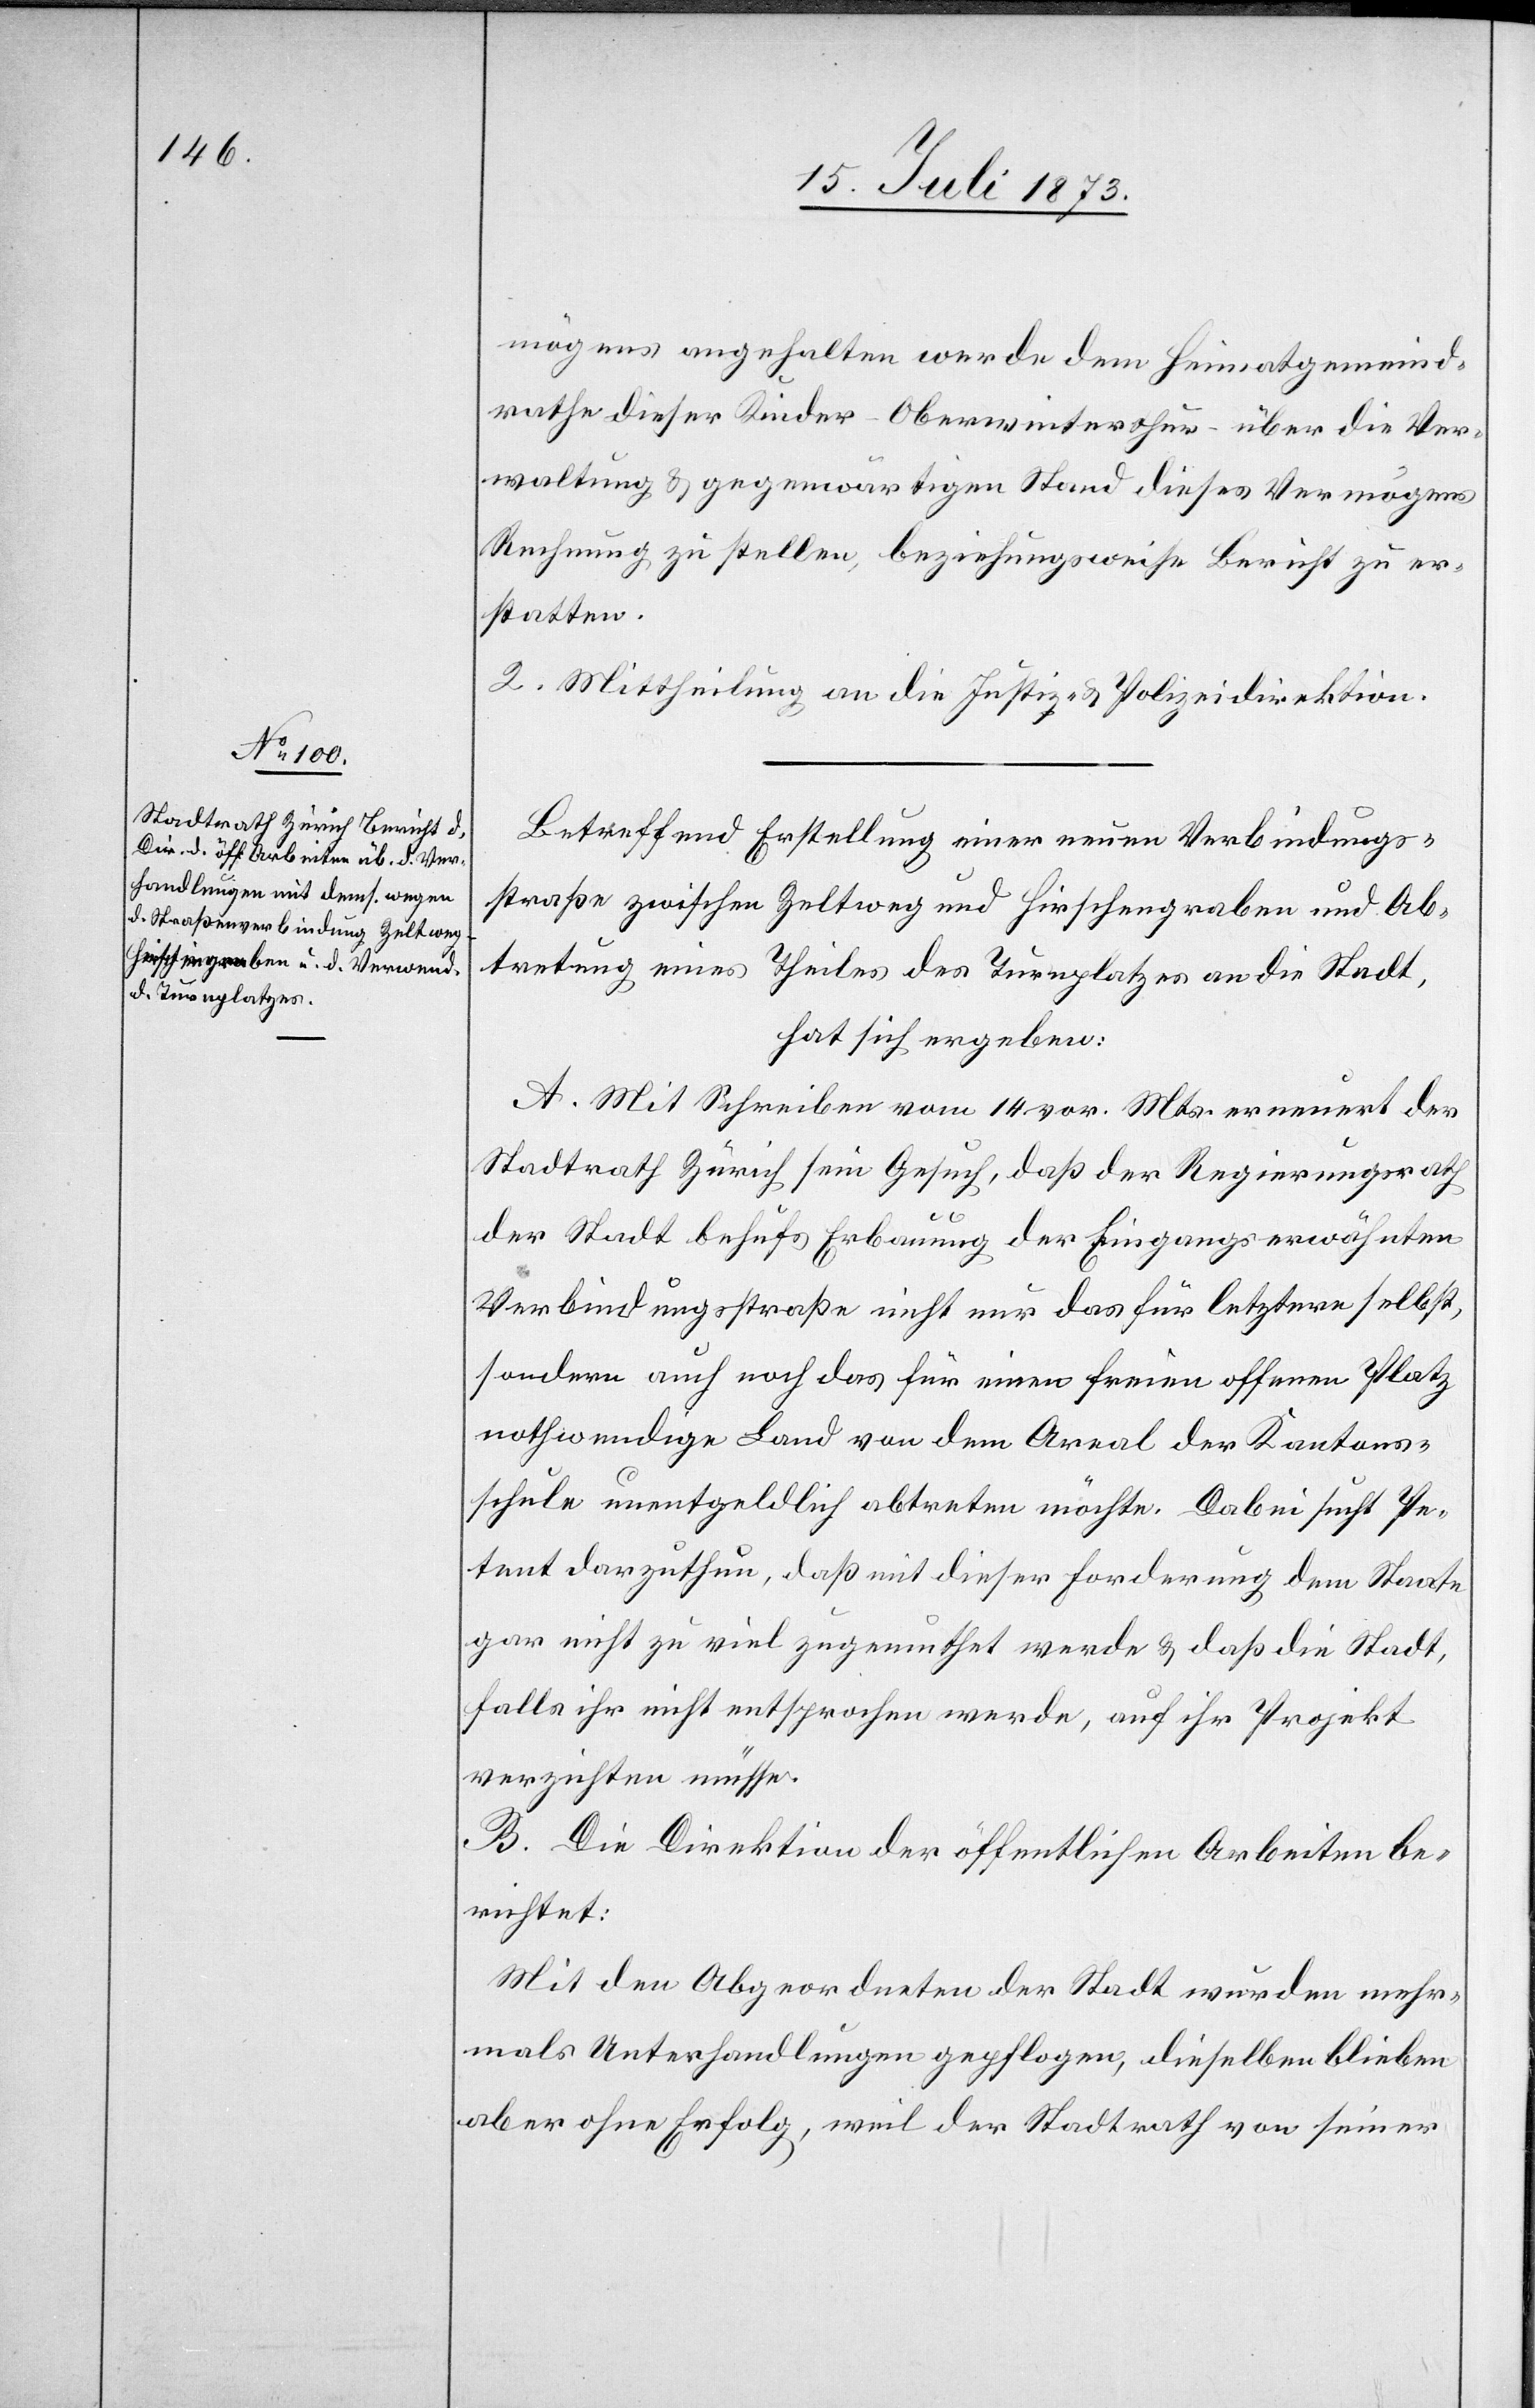
mögens angehalten werde dem Heimatgemeind¬
rathe dieser Kinder – Oberwinterthur – über die Ver¬
waltung & gegenwärtigen Stand dieses Vermögens
Rechnung zu stellen, beziehungsweise Bericht zu er¬
statten.
2. Mittheilung an die Justiz- & Polizeidirektion.
Betreffend Erstellung einer neuen Verbindungs¬
straße zwischen Zeltweg und Hirschengraben und Ab¬
tretung eines Theiles des Turnplatzes an die Stadt,
hat sich ergeben:
A. Mit Schreiben vom 14. vor. Mts. erneuert der
Stadtrath Zürich sein Gesuch, daß der Regierungsrath
der Stadt behufs Erbauung der Eingangs erwähnten
Verbindungsstraße nicht nur das für letztere selbst,
sondern auch noch das für einen freien offenen Platz
nothwendige Land von dem Areal der Kantons¬
schule unentgeldlich abtreten möchte. Dabei sucht Pe¬
tent darzuthun, daß mit dieser Forderung dem Staate
gar nicht zu viel zugemuthet werde & daß die Stadt,
falls ihr nicht entsprochen werde, auf ihr Projekt
verzichten müsse.
B. Die Direktion der öffentlichen Arbeiten be¬
richtet:
Mit den Abgeordneten der Stadt wurden mehr¬
mals Unterhandlungen gepflogen, dieselben blieben
aber ohne Erfolg, weil der Stadtrath von seiner